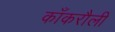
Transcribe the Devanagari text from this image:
काँकरौली